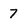
Character: 7